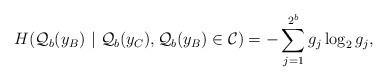
LaTeX: \begin{align*}H(\mathcal{Q}_{b}(y_{B}) ~|~ \mathcal{Q}_{b}(y_{C}), \mathcal{Q}_{b}(y_{B}) \in \mathcal{C}) = -\sum_{j=1}^{2^b} g_j\log_{2}{g_j},\end{align*}